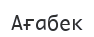
Ағабек